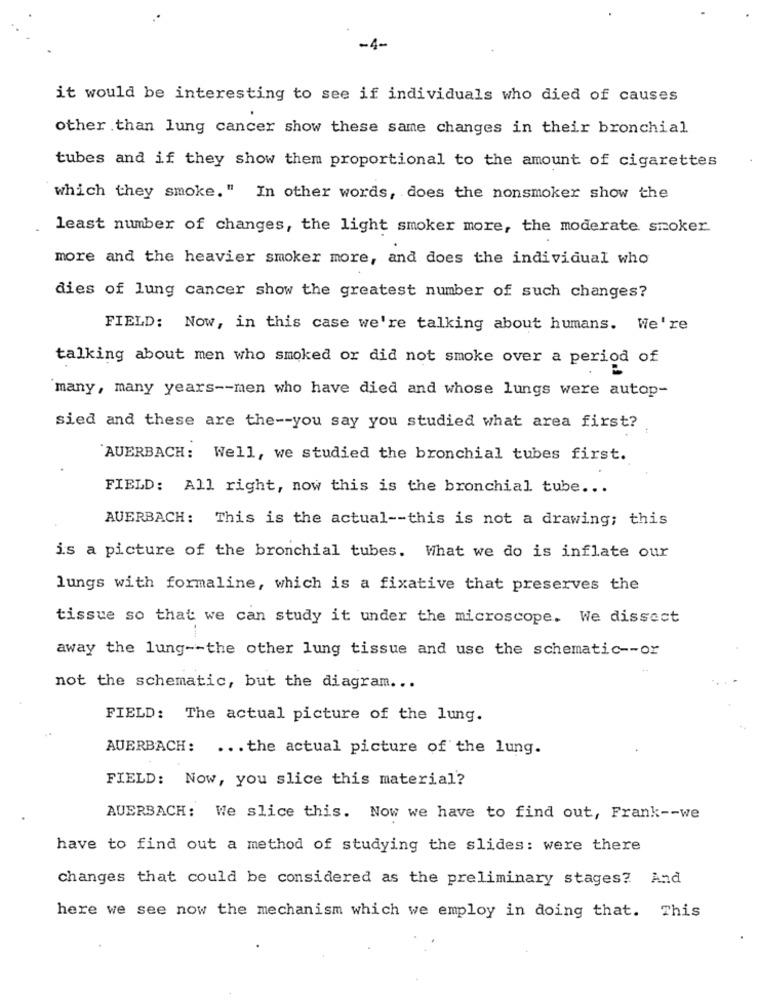
-4-
it would be interesting to see if individuals who died of causes
other than lung cancer show these same changes in their bronchial
tubes and if they show them proportional to the amount of cigarettes
which they smoke." In other words, does the nonsmoker show the
least number of changes, the light smoker more, the moderate smoker.
more and the heavier smoker more, and does the individual who
dies of lung cancer show the greatest number of such changes?
FIELD: Now, in this case we're talking about humans. We're
talking about men who smoked or did not smoke over a period of
many, many years -- men who have died and whose lungs were autop-
sied and these are the -- you say you studied what area first?
'AUERBACH: Well, we studied the bronchial tubes first.
FIELD: All right, now this is the bronchial tube ...
AUERBACH: This is the actual -- this is not a drawing; this
is a picture of the bronchial tubes. What we do is inflate our
lungs with formaline, which is a fixative that preserves the
tissue so that we can study it under the microscope. We dissect
away the lung -- the other lung tissue and use the schematic -- or
not the schematic, but the diagram ...
FIELD: The actual picture of the lung.
AUERBACH: ... the actual picture of the lung.
FIELD: Now, you slice this material?
AUERBACH: We slice this. Now we have to find out, Frank -- we
have to find out a method of studying the slides: were there
changes that could be considered as the preliminary stages? And
here we see now the mechanism which we employ in doing that. This